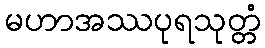
မဟာအဿပုရသုတ္တံ